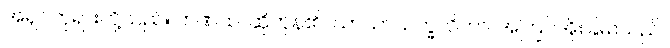
အရှင်ဘုရားတို့သည်။ ဘဏထ၊ ဆိုကုန်၏။ ယာသာသက္ခလိကာ၊ အကြင်အိုးခြမ်းသည်။